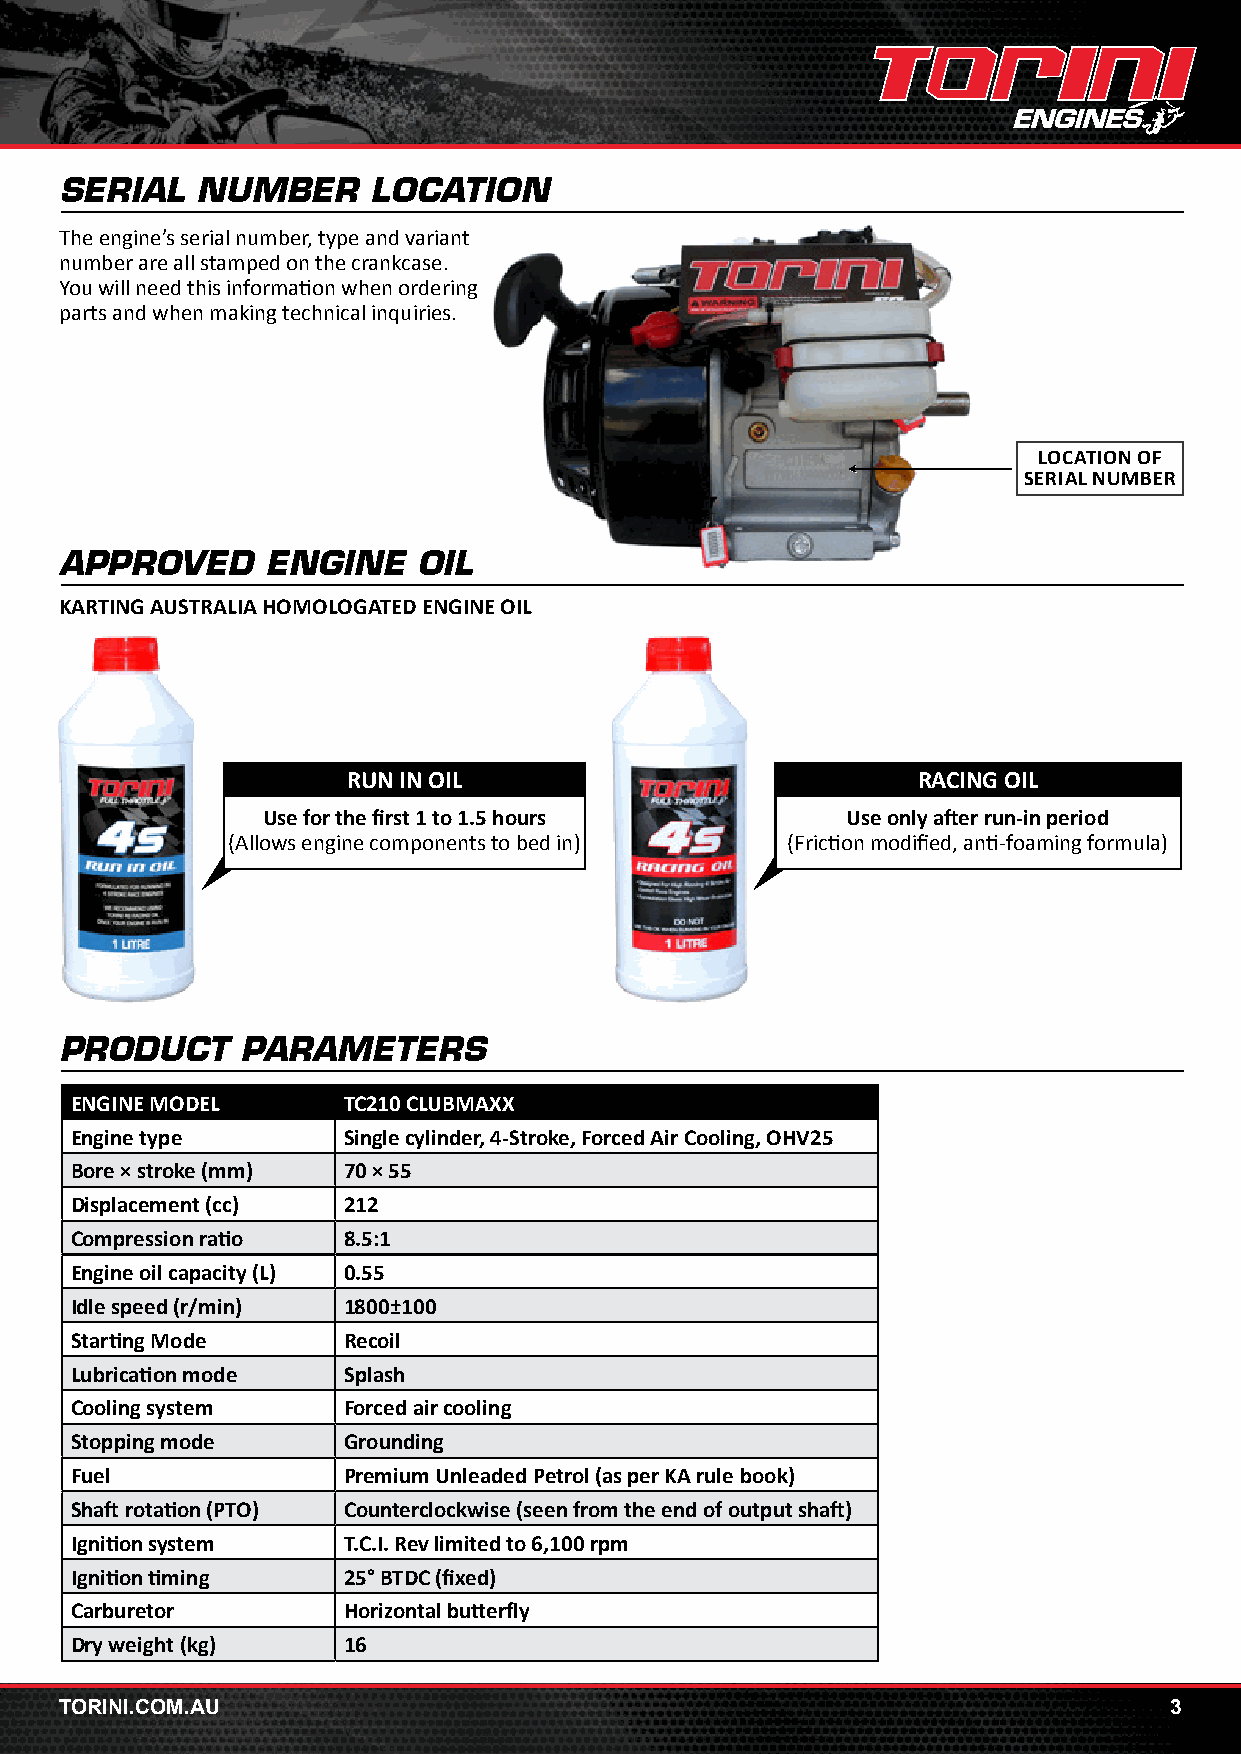
SERIAL   NUMBER      LOCATION
 The engine’s serial number, type and variant
 number are all stamped on the crankcase.
 You will need this information when ordering
 parts and when making technical inquiries.
 LOCATION OF
 SERIAL NUMBER
 APPROVED      ENGINE    OIL
 KARTING AUSTRALIA HOMOLOGATED ENGINE OIL
 RUN IN OIL                            RACING OIL
 Use for the first 1 to 1.5 hours       Use only after run-in period
 (Allows engine components to bed in) (Friction modified, anti-foaming formula)
 PRODUCT     PARAMETERS
 ENGINE MODEL      TC210 CLUBMAXX
 Engine type       Single cylinder, 4-Stroke, Forced Air Cooling, OHV25
 Bore × stroke (mm) 70 × 55
 Displacement (cc) 212
 Compression ratio 8.5:1
 Engine oil capacity (L) 0.55
 Idle speed (r/min) 1800±100
 Starting Mode     Recoil
 Lubrication mode  Splash
 Cooling system    Forced air cooling
 Stopping mode     Grounding
 Fuel              Premium Unleaded Petrol (as per KA rule book)
 Shaft rotation (PTO) Counterclockwise (seen from the end of output shaft)
 Ignition system   T.C.I. Rev limited to 6,100 rpm
 Ignition timing   25° BTDC (fixed)
 Carburetor        Horizontal butterfly
 Dry weight (kg)   16
 TORINI.COM.AU                                                            3